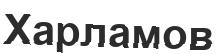
Харламов